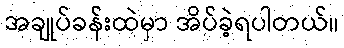
အချုပ်ခန်းထဲမှာ အိပ်ခဲ့ရပါတယ်။